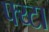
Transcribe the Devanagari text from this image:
फ्य्टा